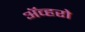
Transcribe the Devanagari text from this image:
ॲव्हरो